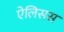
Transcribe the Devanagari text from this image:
ऐलिसस